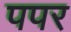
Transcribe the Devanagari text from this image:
पपर